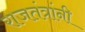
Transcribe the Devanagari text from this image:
राजतंत्रांनी